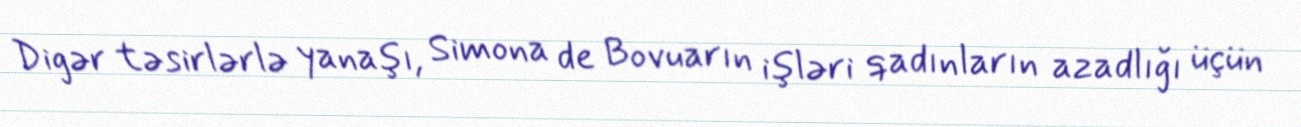
Digər təsirlərlə yanaşı, Simona de Bovuarın işləri qadınların azadlığı üçün